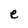
Character: e